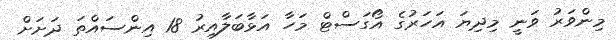
މިންވަރު ވަނީ މިދިޔަ އަހަރުގެ އޯގަސްޓް މަހާ އަޅާބަލާއިރު 18 އިންސައްތަ ދަށަށް